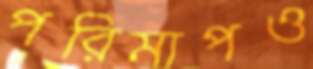
পরিমাপও